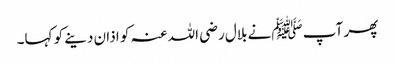
پھر آپ ﷺنے بلال رضی اللہ عنہ کو اذان دینے کو کہا۔